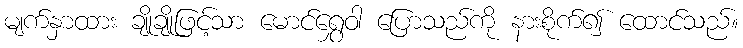
မျက်နှာထား ချိုချိုဖြင့်သာ မောင်ရွှေဝါ ပြောသည်ကို နားစိုက်၍ ထောင်သည်။